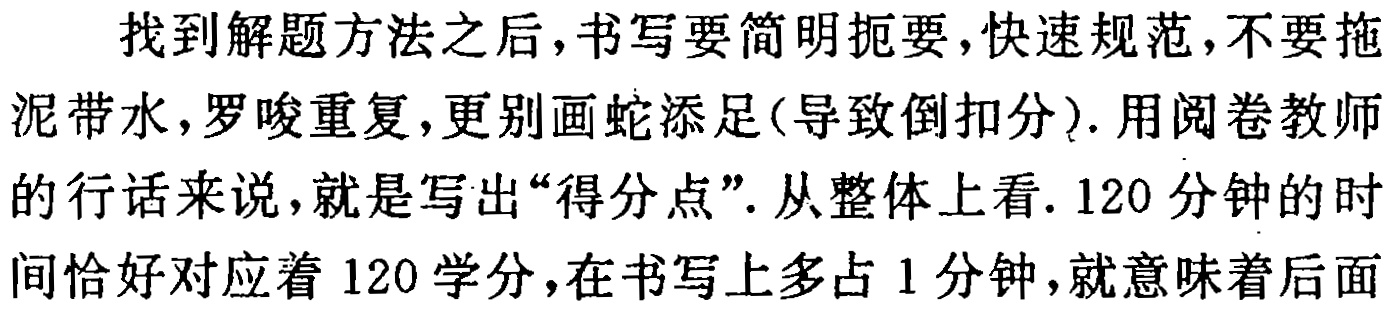
找到解题方法之后,书写要简明扼要,快速规范,不要拖泥带水,罗唆重复,更别画蛇添足(导致倒扣分). 用阅卷教师的行话来说,就是写出“得分点”. 从整体上看. 120 分钟的时间恰好对应着 120 学分,在书写上多占 1 分钟,就意味着后面